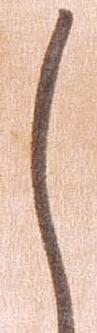
し